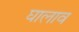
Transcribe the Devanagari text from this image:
घालाव